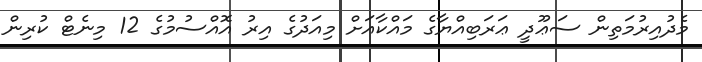
މެދުއިރުމަތިން ސަޢޫދީ ޢަރަބިއްޔާގެ މައްކާއަށް މިއަދުގެ އިރު އޮއްސުމުގެ 12 މިނެޓް ކުރިން